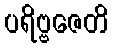
ပရိဗ္ဗဇေတိ